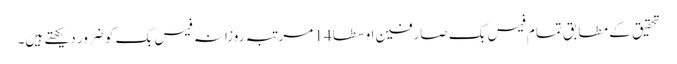
تحقیق کے مطابق تمام فیس بک صارفین اوسطاً 14 مرتبہ روزانہ فیس بک کو ضرور دیکھتے ہیں۔